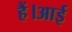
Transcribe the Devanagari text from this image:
हैं।आई